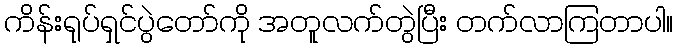
ကိန်းရုပ်ရှင်ပွဲတော်ကို အတူလက်တွဲပြီး တက်လာကြတာပါ။